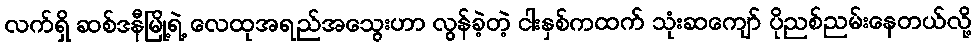
လက်ရှိ ဆစ်ဒနီမြို့ရဲ့ လေထုအရည်အသွေးဟာ လွန်ခဲ့တဲ့ ငါးနှစ်ကထက် သုံးဆကျော် ပိုညစ်ညမ်းနေတယ်လို့